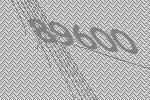
89600